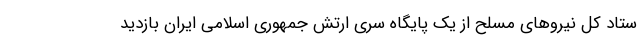
ستاد کل نیروهای مسلح از یک پایگاه سری ارتش جمهوری اسلامی ایران بازدید